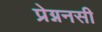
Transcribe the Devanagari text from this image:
प्रेग्ननसी